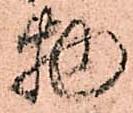
物